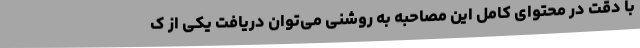
با دقت در محتوای کامل این مصاحبه به روشنی می‌توان دریافت یکی از ک